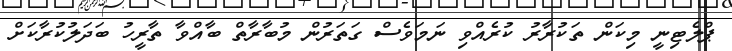
ޕްލެޓިނީ މިކަން ތަކުރާރު ކުރެއްވި ނަމަވެސް ގަތަރުން މުބާރާތް ބާއްވާ ތާރީހު ބަދަލުކުރާކަށް